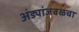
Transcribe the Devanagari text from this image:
अंड्यांजवळचा